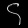
Digit: ၄